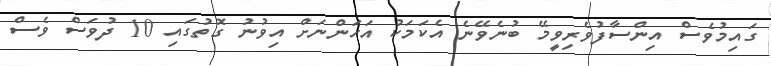
ގައިމުވެސް އިންސާފުވެރިވީމޭ ބުނެވޭނެ އެކަމަކު އަހަންނަށް އިވުނު ގޮތުގައި 10 ދުވަސް ވެސް